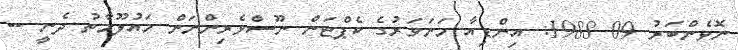
ނޮވެންބަރު 09 1988: އިންޑިއާ މަނަވަރުގެ ކެޕްޓަން ނޫސްވެރިންނަށް މައުލޫމާތު ދެނީ --